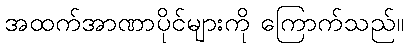
အထက်အာဏာပိုင်များကို ကြောက်သည်။